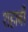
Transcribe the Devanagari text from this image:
शहाबी